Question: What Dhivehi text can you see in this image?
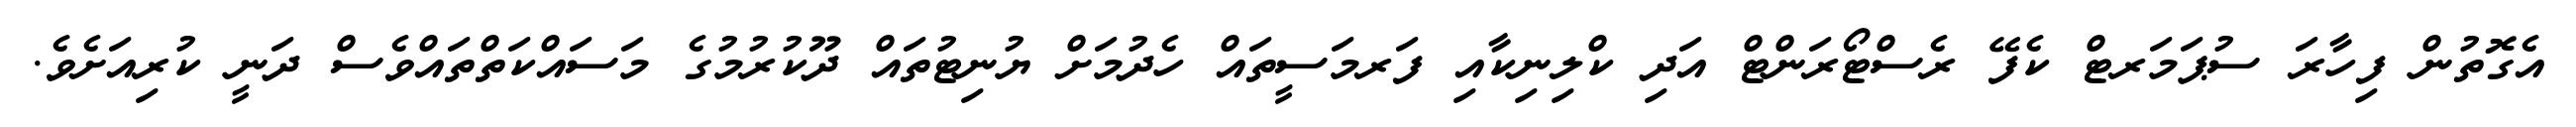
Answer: އެގޮތުން ފިހާރަ ސުޕަމަރޓް ކެފޭ ރެސްޓޯރަންޓް އަދި ކްލިނިކާއި ފަރމަސީތައް ހެދުމަށް ޔުނިޓުތައް ދޫކުރުމުގެ މަސައްކަތްތައްވެސް ދަނީ ކުރިއަށެވެ.